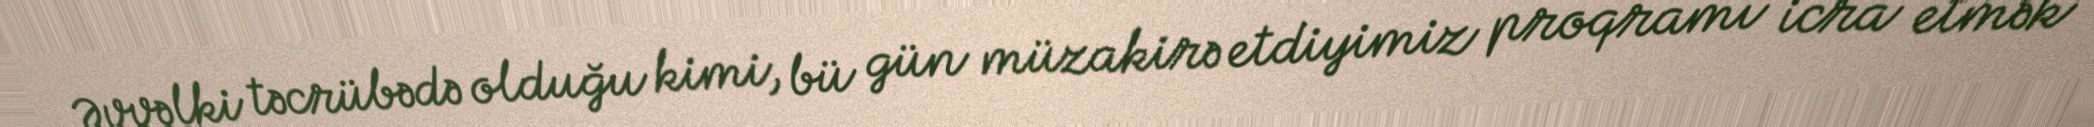
Əvvəlki təcrübədə olduğu kimi, bü gün müzakirə etdiyimiz proqramı icra etmək